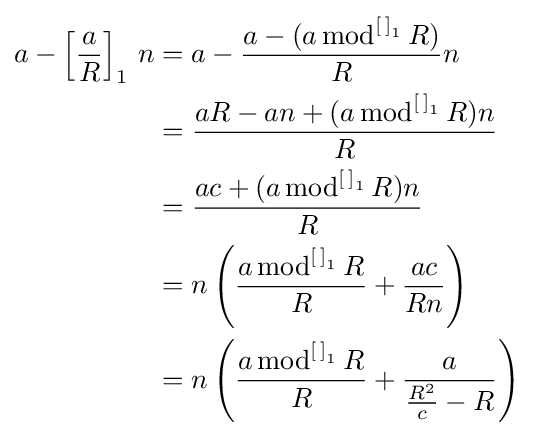
{\begin{aligned}a-\left[{\frac {a}{R}}\right]_{1}\,n&=a-{\frac {a-(a\,{\text{mod}}^{\left[\,\right]_{1}}\,R)}{R}}n\\&={\frac {aR-an+(a\,{\text{mod}}^{\left[\,\right]_{1}}\,R)n}{R}}\\&={\frac {ac+(a\,{\text{mod}}^{\left[\,\right]_{1}}\,R)n}{R}}\\&=n\left({\frac {a\,{\text{mod}}^{\left[\,\right]_{1}}\,R}{R}}+{\frac {ac}{Rn}}\right)\\&=n\left({\frac {a\,{\text{mod}}^{\left[\,\right]_{1}}\,R}{R}}+{\frac {a}{{\frac {R^{2}}{c}}-R}}\right)\end{aligned}}